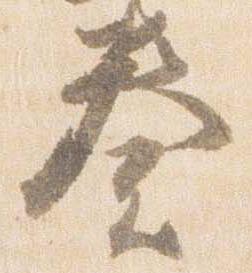
奏